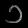
Digit: ၁